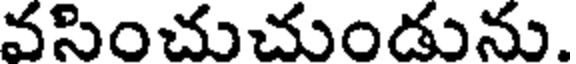
వసించుచుండును.